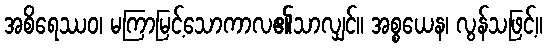
အစိရေဿဝ၊ မကြာမြင့်သောကာလ၏သာလျှင်။ အစ္စယေန၊ လွန်သဖြင့်။